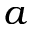
\boldsymbol a